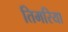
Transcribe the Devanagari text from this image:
तिमरिया